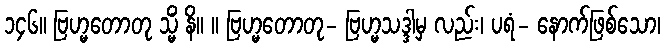
၁၄၆။ ဗြဟ္မတောတု သ္မိံ နိ။ ။ ဗြဟ္မတောတု- ဗြဟ္မသဒ္ဒါမှ လည်း၊ ပရံ- နောက်ဖြစ်သော၊